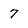
Character: 7